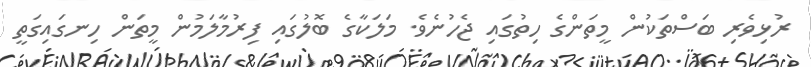
ރުޅިވެރި ބަސްތަކުން މީތަންގެ ހިތުގައި ޖެހުނެވެ. މަލަކާގެ ބޮލުގައި ފިރުމާލަމުން މީތަން ހިނގައިގަތީ